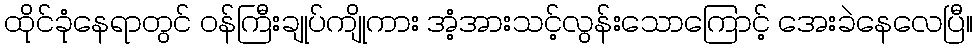
ထိုင်ခုံနေရာတွင် ဝန်ကြီးချုပ်ကျိုကား အံ့အားသင့်လွန်းသောကြောင့် အေးခဲနေလေပြီ။